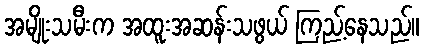
အမျိုးသမီးက အထူးအဆန်းသဖွယ် ကြည့်နေသည်။